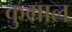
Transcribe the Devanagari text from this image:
कुम्राल